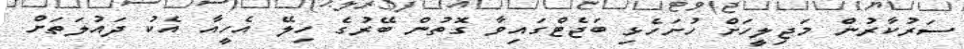
ސަރުކާރުން މަޖިލީހަށް ހުށަހެޅި ބަޖެޓްގައިވާ ގޮތުން ބޭރުގެ ހިލޭ އެހީއާ އެކު ދައުލަތަށް